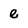
Character: e